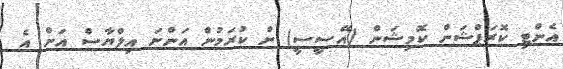
އެންޓި ކޮރަޕްޝަން ކޮމިޝަން (އޭސީސީ) ން ކުރަމުން އަންނަ އިލްޔާސް އަށް އެ